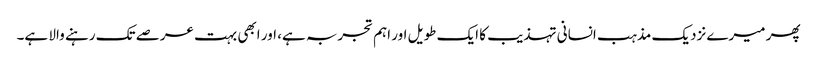
پھر میرے نزدیک مذہب انسانی تہذیب کا ایک طویل اور اہم تجربہ ہے، اور ابھی بہت عرصے تک رہنے والا ہے۔